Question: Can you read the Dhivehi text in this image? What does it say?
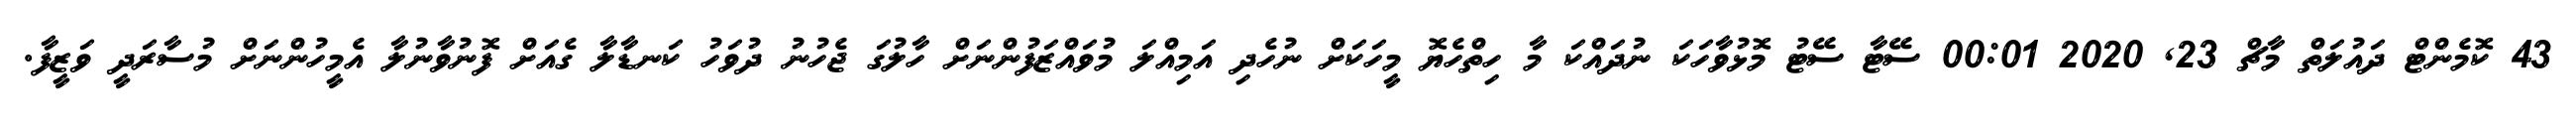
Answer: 43 ކޮމެންޓް ދައުލަތް މާޗް 23, 2020 00:01 ސޭޓާ ސޭޓު މޮޅުވާހަކަ ނުދައްކަ މާ ހިތްހެޔޮ މީހަކަށް ނުހެދި އަމިއްލަ މުވައްޒަފުންނަށް ހާލުގަ ޖެހުނު ދުވަހު ކަނޑާލާ ގެއަށް ފޮނުވާނުލާ އެމީހުންނަށް މުސާރަދީ ވަޒީފާ.